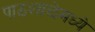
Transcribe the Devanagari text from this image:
पाठशाळेमध्ये